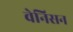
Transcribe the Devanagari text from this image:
वेनिसन